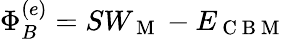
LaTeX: \Phi_{B}^{(e)}=SW_{\mathrm{~M~}}-E_{\mathrm{~C~B~M~}}